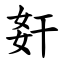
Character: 姧